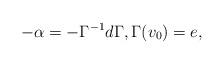
LaTeX: \begin{align*}-\alpha = -\Gamma^{-1}d\Gamma, \Gamma(v_0)=e,\end{align*}